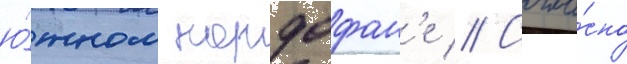
ю́жном кордофан'е // Согла́сно